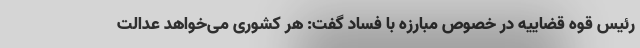
رئیس قوه قضاییه در خصوص مبارزه با فساد گفت: هر کشوری می‌خواهد عدالت